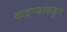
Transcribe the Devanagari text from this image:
कदम्बांकडून